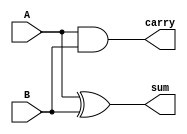
`timescale 1ns / 1ps

module halfadder(
    input A,
    input B,
    output sum,
    output carry
    );
    assign sum=A^B;
assign carry=A&B; 
endmodule